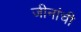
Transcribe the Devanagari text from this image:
जीनांची